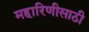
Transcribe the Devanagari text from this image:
महारिणीसाठी